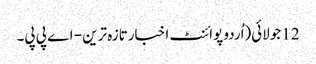
12 جولائی(اُردو پوائنٹ اخبارتازہ ترین - اے پی پی۔